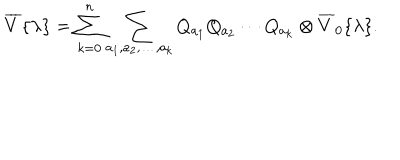
\overline { { { V } } } { \{ } \lambda { \} } = \sum _ { k = 0 } ^ { n } \sum _ { a _ { 1 } , a _ { 2 } , \ldots , a _ { k } } Q _ { a _ { 1 } } Q _ { a _ { 2 } } \cdots Q _ { a _ { k } } \otimes \overline { { { V } } } _ { 0 } { \{ } \lambda { \} } .